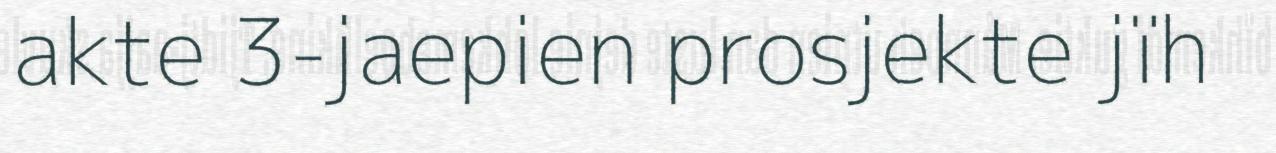
akte 3-jaepien prosjekte jïh